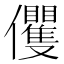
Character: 𠑩